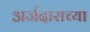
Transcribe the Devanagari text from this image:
अर्जदाराच्या